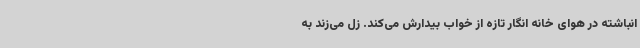
انباشته در هوای خانه انگار تازه از خواب بیدارش می‌کند. زل می‌زند به